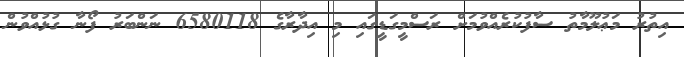
އިތުރު މަޢުލޫމާތު ސާފުކުރެއްވުމަށް ރަސްމީގަޑީގައި މި އިދާރާގެ 6580118 ނަންބަރު ފޯނާ ގުޅުއްވުން